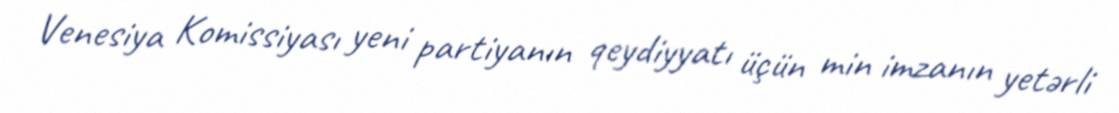
Venesiya Komissiyası yeni partiyanın qeydiyyatı üçün min imzanın yetərli